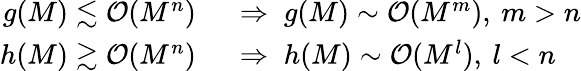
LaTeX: \begin{array}{rl}{g(M)\lesssim\mathcal{O}(M^{n})\; }&{{}\Rightarrow\; g(M)\sim\mathcal{O}(M^{m}),\: m>n}\\ {h(M)\gtrsim\mathcal{O}(M^{n})\; }&{{}\Rightarrow\; h(M)\sim\mathcal{O}(M^{l}),\: l<n}\end{array}